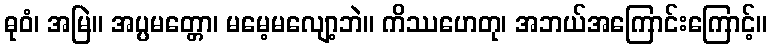
ဓုဝံ၊ အမြဲ။ အပ္ပမတ္တော၊ မမေ့မလျော့ဘဲ။ ကိဿဟေတု၊ အဘယ်အကြောင်းကြောင့်။